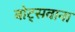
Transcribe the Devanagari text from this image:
बोट्सवाना